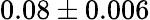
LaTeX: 0.08\pm 0.006